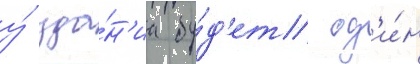
у́ зда́н'иа бу́д'ет од'и́н